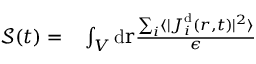
\begin{array} { r l } { { \mathcal { S } } ( t ) = } & { { } \int _ { V } \mathrm { d } \mathbf { { \boldsymbol { r } } } \frac { \sum _ { i } \langle \vert { { \boldsymbol { J } } } _ { i } ^ { \mathrm { d } } ( { \boldsymbol { r } } , t ) \vert ^ { 2 } \rangle } { \epsilon } } \end{array}